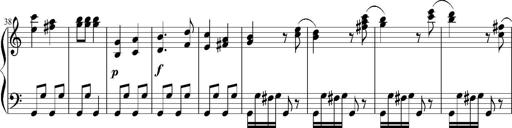
Title: 12 Sonatinas for Piano
Composer: Johann Baptist Vanhal